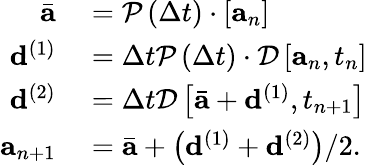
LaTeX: \begin{array}{r}{\begin{array}{rl}{\bar{\mathbf{a}}}&{{}=\mathcal{P}\left(\Delta t\right)\cdot\left[\mathbf{a}_{n}\right]}\\ {\mathbf{d}^{(1)}}&{{}=\Delta t\mathcal{P}\left(\Delta t\right)\cdot\mathcal{D}\left[\mathbf{a}_{n},t_{n}\right]}\\ {\mathbf{d}^{(2)}}&{{}=\Delta t\mathcal{D}\left[\bar{\mathbf{a}}+\mathbf{d}^{(1)},t_{n+1}\right]}\\ {\mathbf{a}_{n+1}}&{{}=\bar{\mathbf{a}}+\left(\mathbf{d}^{(1)}+\mathbf{d}^{(2)}\right)/2.}\end{array}}\end{array}